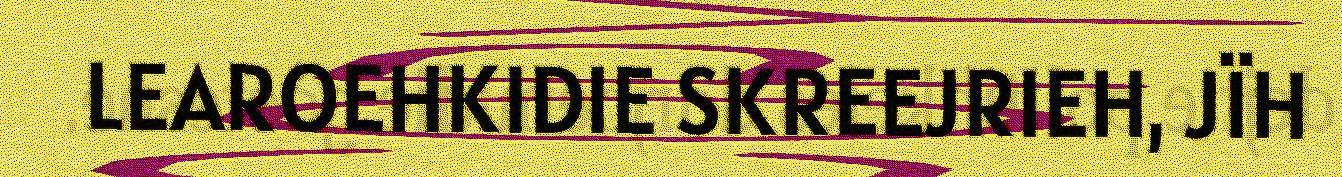
LEAROEHKIDIE SKREEJRIEH, JÏH